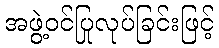
အဖွဲ့ဝင်ပြုလုပ်ခြင်းဖြင့်